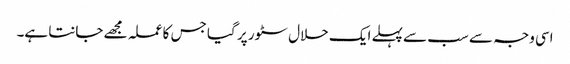
اسی وجہ سے سب سے پہلے ایک حلال سٹور پر گیا جس کا عملہ مجھے جانتا ہے۔